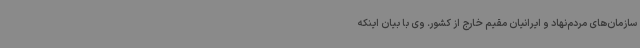
سازمان‌های مردم‌نهاد و ایرانیان مقیم خارج از کشور. وی با بیان اینکه